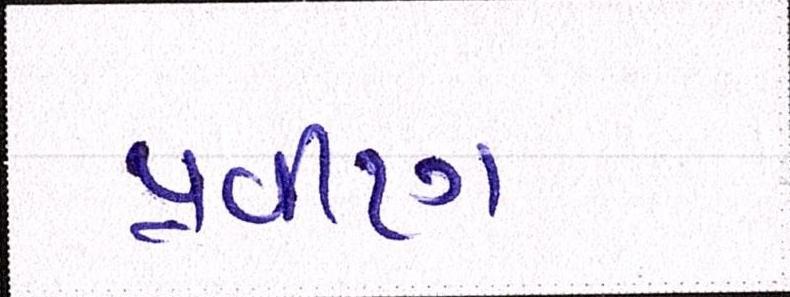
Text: પ્રવીણ